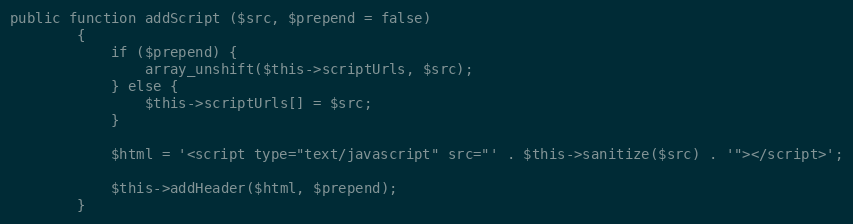
Language: PHP
public function addScript ($src, $prepend = false)
		{
			if ($prepend) {
				array_unshift($this->scriptUrls, $src);
			} else {
				$this->scriptUrls[] = $src;
			}

			$html = '<script type="text/javascript" src="' . $this->sanitize($src) . '"></script>';

			$this->addHeader($html, $prepend);
		}